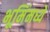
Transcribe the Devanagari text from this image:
भूमिंमध्ये